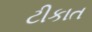
ટીકાત